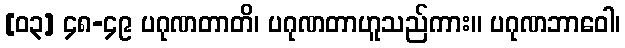
[၀၃] ၄၈-၄၉ ပဂုဏတာတိ၊ ပဂုဏတာဟူသည်ကား။ ပဂုဏဘာဝေါ၊